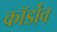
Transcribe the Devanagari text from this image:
कॉर्डोव